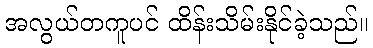
အလွယ်တကူပင် ထိန်းသိမ်းနိုင်ခဲ့သည်။